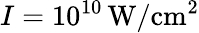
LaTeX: I=10^{10}\, \mathrm{W/cm^{2}}